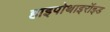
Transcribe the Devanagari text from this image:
हाइपोथाइरॉइड